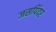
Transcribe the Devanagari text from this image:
जसपिंदर